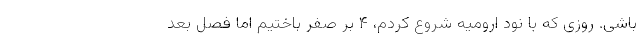
باشی. روزی که با نود ارومیه شروع کردم، ۴ بر صفر باختیم اما فصل بعد